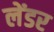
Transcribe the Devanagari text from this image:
लेंडर